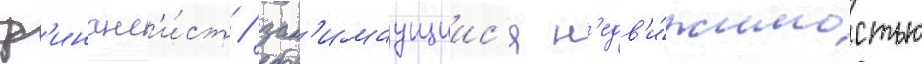
ф'инанс'и́ст / зан'имаущиис'я н'едв'и́жимостью